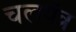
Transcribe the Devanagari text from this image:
चलयंत्र